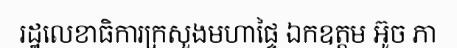
រដ្ឋលេខាធិការក្រសួងមហាផ្ទៃ ឯកឧត្តម អ៊ូច ភា